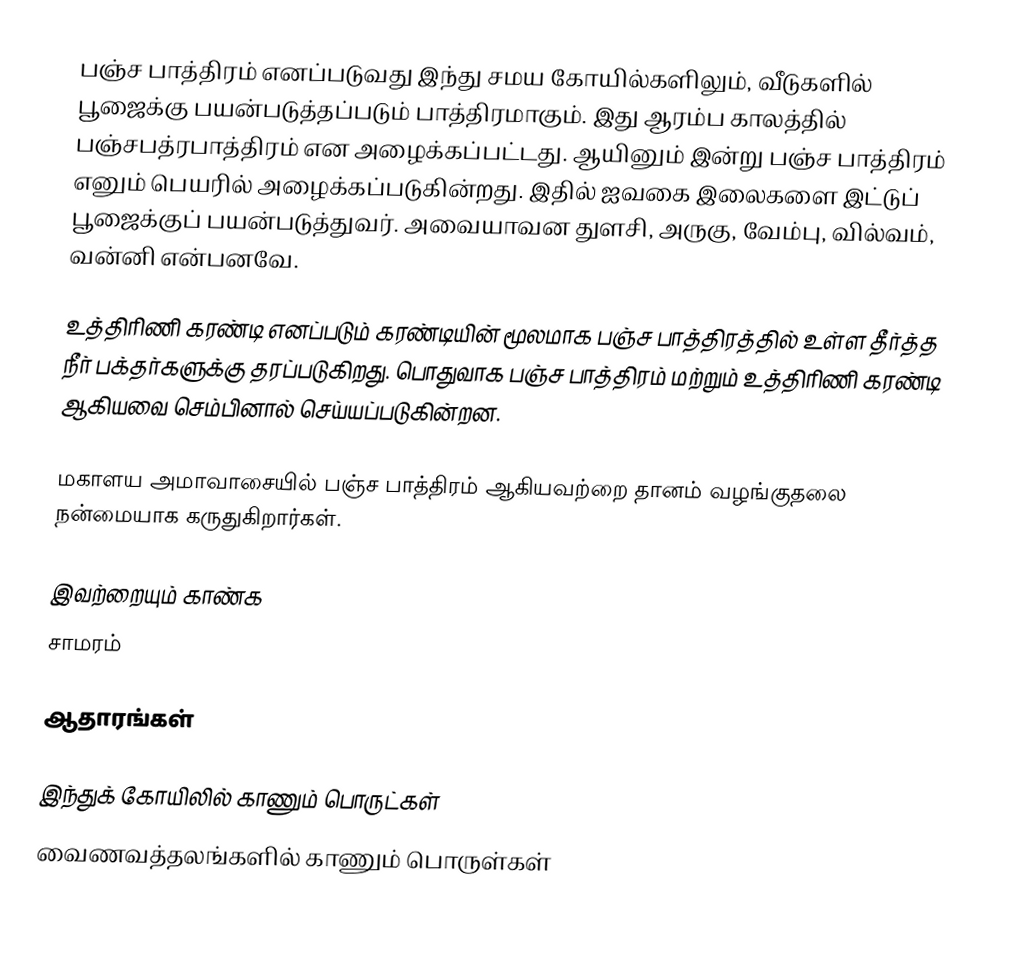
பஞ்ச பாத்திரம் எனப்படுவது இந்து சமய கோயில்களிலும், வீடுகளில் பூஜைக்கு பயன்படுத்தப்படும் பாத்திரமாகும்.  இது ஆரம்ப காலத்தில் பஞ்சபத்ரபாத்திரம் என அழைக்கப்பட்டது. ஆயினும் இன்று பஞ்ச பாத்திரம் எனும் பெயரில் அழைக்கப்படுகின்றது. இதில் ஐவகை இலைகளை இட்டுப் பூஜைக்குப் பயன்படுத்துவர். அவையாவன துளசி, அருகு, வேம்பு, வில்வம், வன்னி என்பனவே.

உத்திரிணி கரண்டி எனப்படும் கரண்டியின் மூலமாக பஞ்ச பாத்திரத்தில் உள்ள தீர்த்த நீர் பக்தர்களுக்கு தரப்படுகிறது. பொதுவாக பஞ்ச பாத்திரம் மற்றும் உத்திரிணி கரண்டி ஆகியவை செம்பினால் செய்யப்படுகின்றன.

மகாளய அமாவாசையில் பஞ்ச பாத்திரம் ஆகியவற்றை தானம் வழங்குதலை நன்மையாக கருதுகிறார்கள்.

இவற்றையும் காண்க
 சாமரம்

ஆதாரங்கள்

இந்துக் கோயிலில் காணும் பொருட்கள்
வைணவத்தலங்களில் காணும் பொருள்கள்